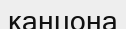
канцона